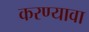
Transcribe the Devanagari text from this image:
करण्यावा